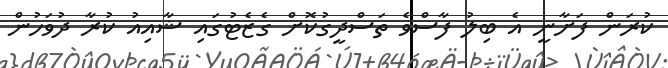
ކުރަން ފަށާނީ އެ ބިލު ފާސްވެ ތަސްދީގުކޮށް ގެޒެޓުގައި ޝާއިއު ކުރާ ދުވަހުން